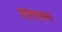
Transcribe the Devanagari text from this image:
शतगाथम